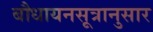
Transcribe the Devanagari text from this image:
बौधायनसूत्रानुसार